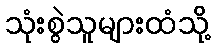
သုံးစွဲသူများထံသို့